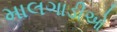
માલગાડીઓ